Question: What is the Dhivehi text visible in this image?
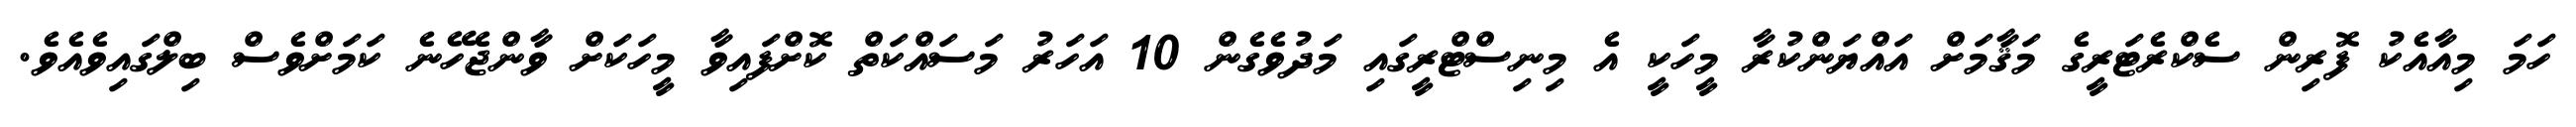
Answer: ހަމަ މިއާއެކު ފޮރިން ސެކްރެޓަރީގެ މަޤާމަށް އައްޔަންކުރާ މީހަކީ އެ މިނިސްޓްރީގައި މަދުވެގެން 10 އަހަރު މަސައްކަތް ކޮށްފައިވާ މީހަކަށް ވާންޖެހޭނެ ކަމަށްވެސް ބިލްގައިވެއެވެ.